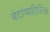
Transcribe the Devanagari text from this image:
बेटांव्यतिरिक्त